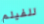
للفيلم